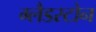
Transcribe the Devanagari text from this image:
ग्‍लैडस्‍टोन